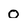
Character: 0